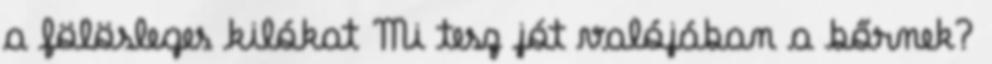
a fölösleges kilókat Mi tesz jót valójában a bőrnek?